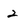
Character: 2